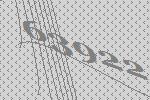
63922